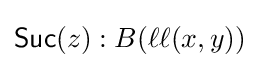
{\mathsf {Suc}}(z):B(\ell \ell (x,y))